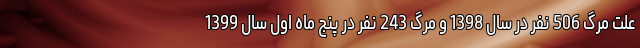
علت مرگ 506 نفر در سال 1398 و مرگ 243 نفر در پنج ماه اول سال 1399